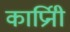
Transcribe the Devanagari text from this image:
कार्प्रिनी